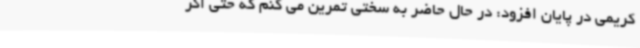
کریمی در پایان افزود: در حال حاضر به سختی تمرین می کنم که حتی اگر